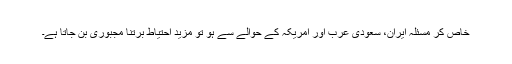
خاص کر مسئلہ ایران، سعودی عرب اور امریکہ کے حوالے سے ہو تو مزید احتیاط برتنا مجبوری بن جاتا ہے۔